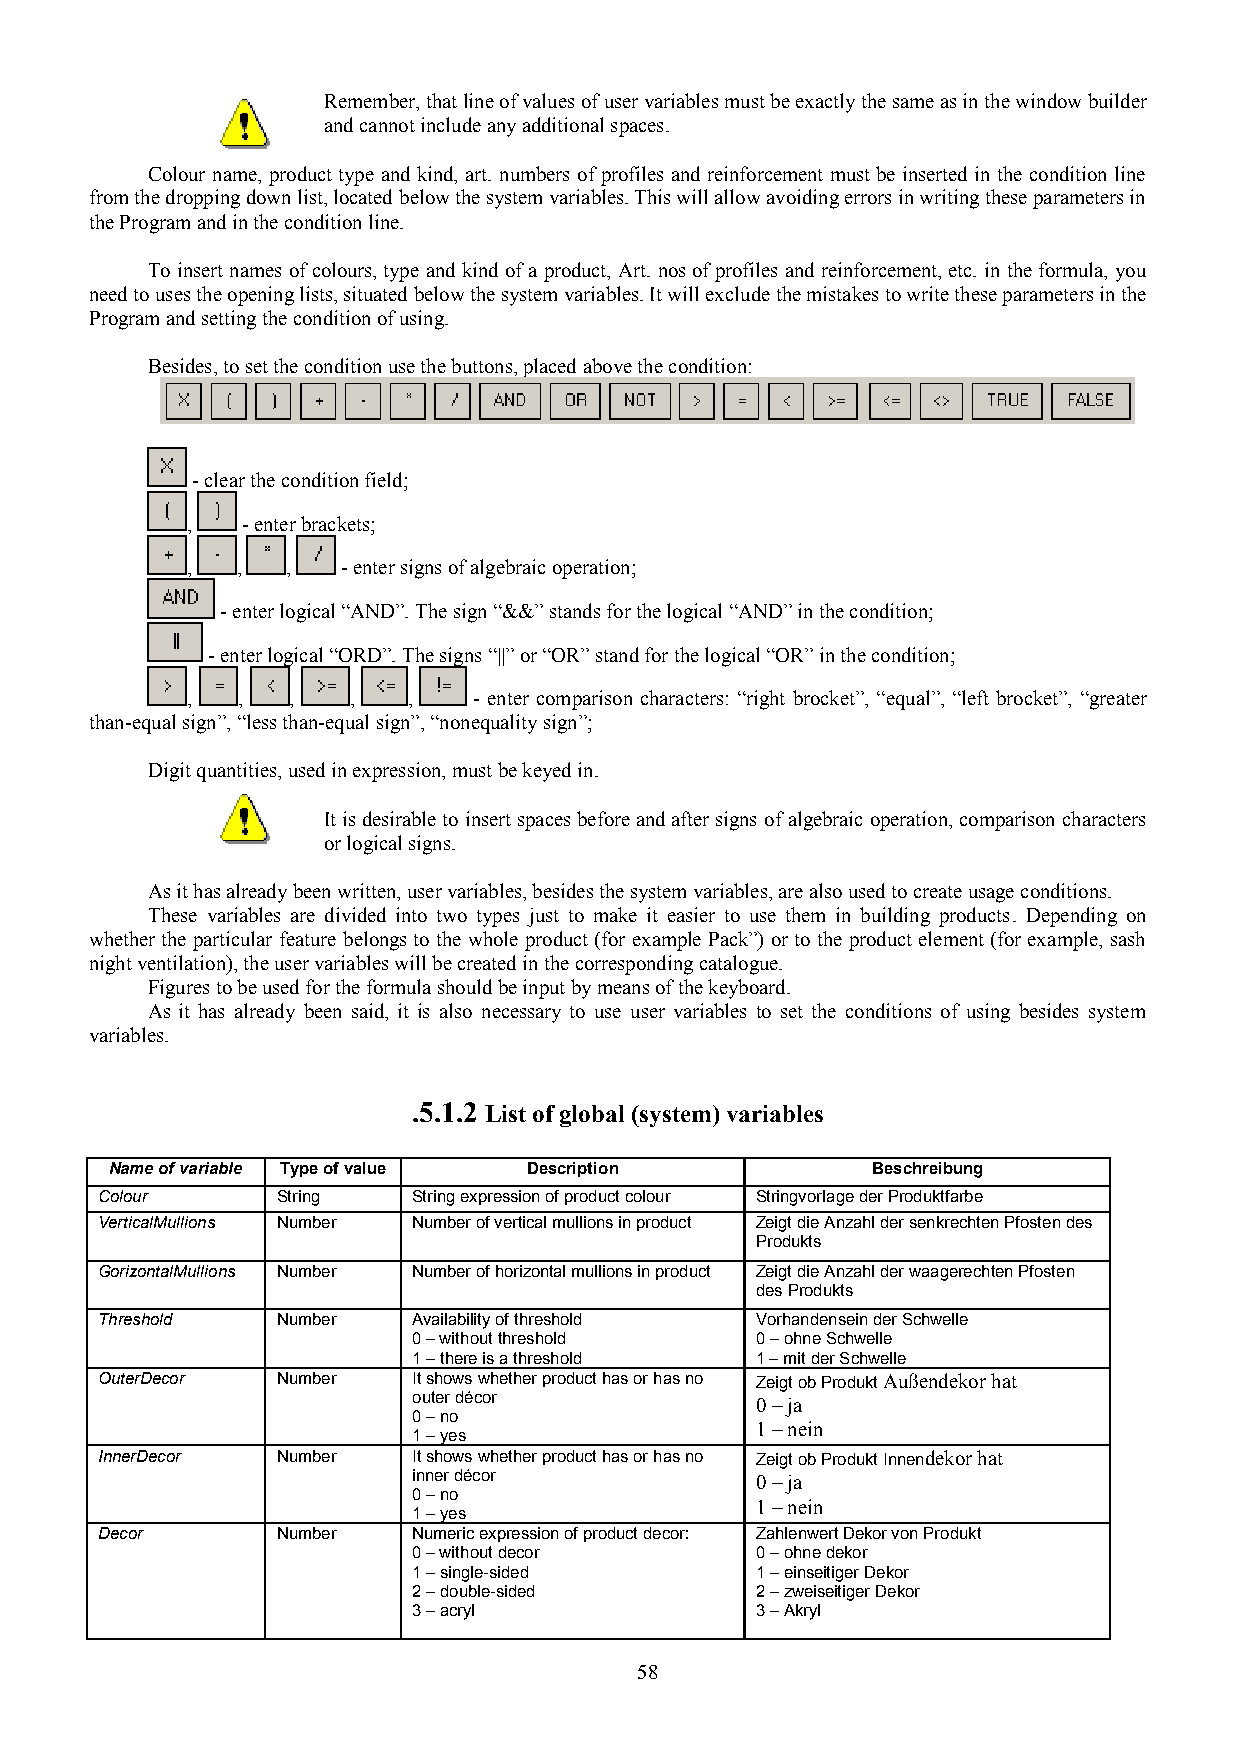
Remember, that line of values of user variables must be exactly the same as in the window builder
 and cannot include any additional spaces.
 Colour name, product type and kind, art. numbers of profiles and reinforcement must be inserted in the condition line
 from the dropping down list, located below the system variables. This will allow avoiding errors in writing these parameters in
 the Program and in the condition line.
 To insert names of colours, type and kind of a product, Art. nos of profiles and reinforcement, etc. in the formula, you
 need to uses the opening lists, situated below the system variables. It will exclude the mistakes to write these parameters in the
 Program and setting the condition of using.
 Besides, to set the condition use the buttons, placed above the condition:
 - clear the condition field;
 ,   - enter brackets;
 ,   ,  ,   - enter signs of algebraic operation;
 - enter logical “AND”. The sign “&&” stands for the logical “AND” in the condition;
 - enter logical “ORD”. The signs “||” or “OR” stand for the logical “OR” in the condition;
 ,   ,  ,   ,   ,   - enter comparison characters: “right brocket”, “equal”, “left brocket”, “greater
 than-equal sign”, “less than-equal sign”, “nonequality sign”;
 Digit quantities, used in expression, must be keyed in.
 It is desirable to insert spaces before and after signs of algebraic operation, comparison characters
 or logical signs.
 As it has already been written, user variables, besides the system variables, are also used to create usage conditions.
 These variables are divided into two types just to make it easier to use them in building products. Depending on
 whether the particular feature belongs to the whole product (for example Pack”) or to the product element (for example, sash
 night ventilation), the user variables will be created in the corresponding catalogue.
 Figures to be used for the formula should be input by means of the keyboard.
 As it has already been said, it is also necessary to use user variables to set the conditions of using besides system
 variables.
 .5.1.2 List of global (system) variables
 Name of variable Type of value Description         Beschreibung
 Colour      String   String expression of product colour Stringvorlage der Produktfarbe
 VerticalMullions Number Number of vertical mullions in product Zeigt die Anzahl der senkrechten Pfosten des
 Produkts
 GorizontalMullions Number Number of horizontal mullions in product Zeigt die Anzahl der waagerechten Pfosten
 des Produkts
 Threshold   Number   Availability of threshold Vorhandensein der Schwelle
 0 – without threshold  0 – ohne Schwelle
 1 – there is a threshold 1 – mit der Schwelle
 OuterDecor  Number   It shows whether product has or has no Zeigt ob Produkt Außendekor hat
 outer décor            0 – ja
 0 – no
 1 – nein
 1 – yes
 InnerDecor  Number   It shows whether product has or has no Zeigt ob Produkt Innendekor hat
 inner décor            0 – ja
 0 – no
 1 – nein
 1 – yes
 Decor       Number   Numeric expression of product decor: Zahlenwert Dekor von Produkt
 0 – without decor      0 – ohne dekor
 1 – single-sided       1 – einseitiger Dekor
 2 – double-sided       2 – zweiseitiger Dekor
 3 – acryl              3 – Akryl
 58